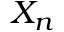
X _ { n }